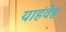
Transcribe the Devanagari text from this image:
याहंवेह